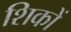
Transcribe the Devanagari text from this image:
शिकों